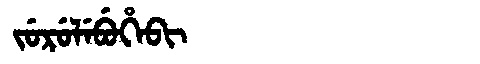
Manchu: ᠵᡠᡵᡠᠯᡝᠪᡠᡥᡝᠪᡳ
Romanization: JURULEBUHEBI